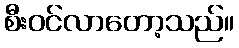
စီးဝင်လာတော့သည်။